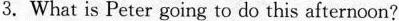
3. What is Peter going to do this afternoon?